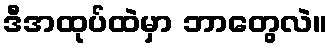
ဒီအထုပ်ထဲမှာ ဘာတွေလဲ။